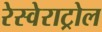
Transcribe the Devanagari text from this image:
रेस्वेराट्रोल